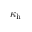
\kappa _ { \mathrm { h } }